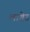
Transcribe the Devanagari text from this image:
लागेउ